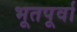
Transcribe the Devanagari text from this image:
भूतपूर्वा